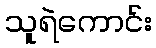
သူရဲကောင်း